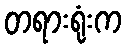
တရားရုံးက